Scottish Leaving Certificate Examination, 1960
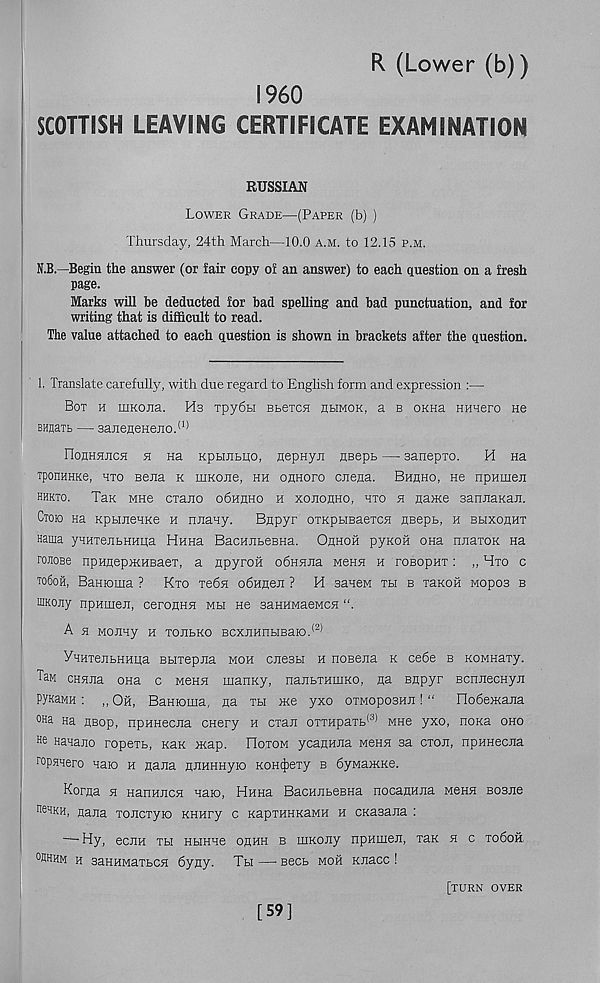
R (Lower (b))
I960
SCOTTISH LEAVING CERTIFICATE EXAMINATION
RUSSIAN
Lower Grade—(Paper (b) )
Thursday, 24th March—10.0 a.m. to 12.15 p.m.
O.—Begin the answer (or fair copy of an answer) to each question on a fresh
page.
Marks will be deducted for bad spelling and bad punctuation, and for
writing that is difficult to read.
The value attached to each question is shown in brackets after the question.
1. Translate carefully, with due regard to English form and expression :—
Bot h mKOJia. Ha Tpydbi Bbeicfl hhmok, a b okhu HHHero He
BnnaTB — 3aneneHei[o. (1)
nonHHjicH h Ha KpBrnmo, HepHyR flBepb — sanepTO.
H na
xponHHKe, hto Beiia k mKOJie, hh onHoro cjiena. Bhhho, He npHmeji
hhkto. TaK MHe cxaiio o6hhho h xoeohho, hto h nance sannaKan.
Ctoio Ha KpbuieHKe h nnany.
Bnpyr oiKpsiBaeTCH HBepB, h bbixohht
Hama yHHTenbHHiia Hnna BacHJibeBHa. Ohhoh pyKOH ona njiaroK na
roHose npHnepncHBaeT, a npyroH odHHJia Menn h pobopht : „ Hto c
to6oh, Banioma ? Kto Te6n odaneji ? H saneM th b Taxon Mopoa b
niKony npHiuen, ceronHH mh He saKHMaewcn “.
A H MOJIHy H TOJlbKO BCXEHHHBaiO. (2)
yHHTejiBHHHa BbiTepna moh cnesbi h noBena k cede b KOMHary.
Taw cHHna ona c mchh manKy, nambTHiuKO, na Bnpyr BcnnecHyn
pynaMH : ,, Oh, Banioma, aa tbi nee yxo otmoposhji ! “ nodencama
°Ha Ha HBop, npHHeciia cnery h CTan 0TTHpaTb (3) MHe yxo, noxa oho
He Hanano ropeTb, xax neap. FIotom ycanHJia mchh sa ctoji, npHHecna
ropHHero naro h nana nJiHHHyro xoHt|)eTy b dyMancxe.
Korqa h HanHJiCH naio, Hnna BacHJibeBHa nocanHJia mbhh bobjib
neHKH, nana TOJiCTyio xHHry c xapTHHxaMH h exasana :
—-Hy, ecEH Tbi HHHHe orhh b mxoJiy npHmen, Tax h c to6ok
0 Bhhm h saHHMaTbCH dyny. Th —• seeb moh xnacc !
[TURN OVER
[59]